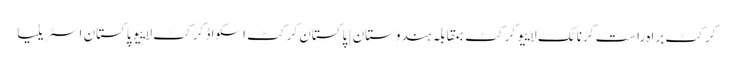
کرکٹ براہ راست کرناٹک لاییو کرکٹ بمقابلہ ہندوستان | پاکستان کرکٹ اسکواڈ کرکٹ لاییو پاکستان اسٹریلیا